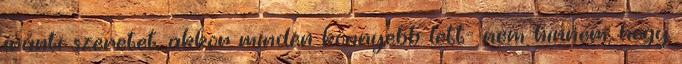
iránti szeretet, akkor minden könnyebb lett- nem hinném, hogy